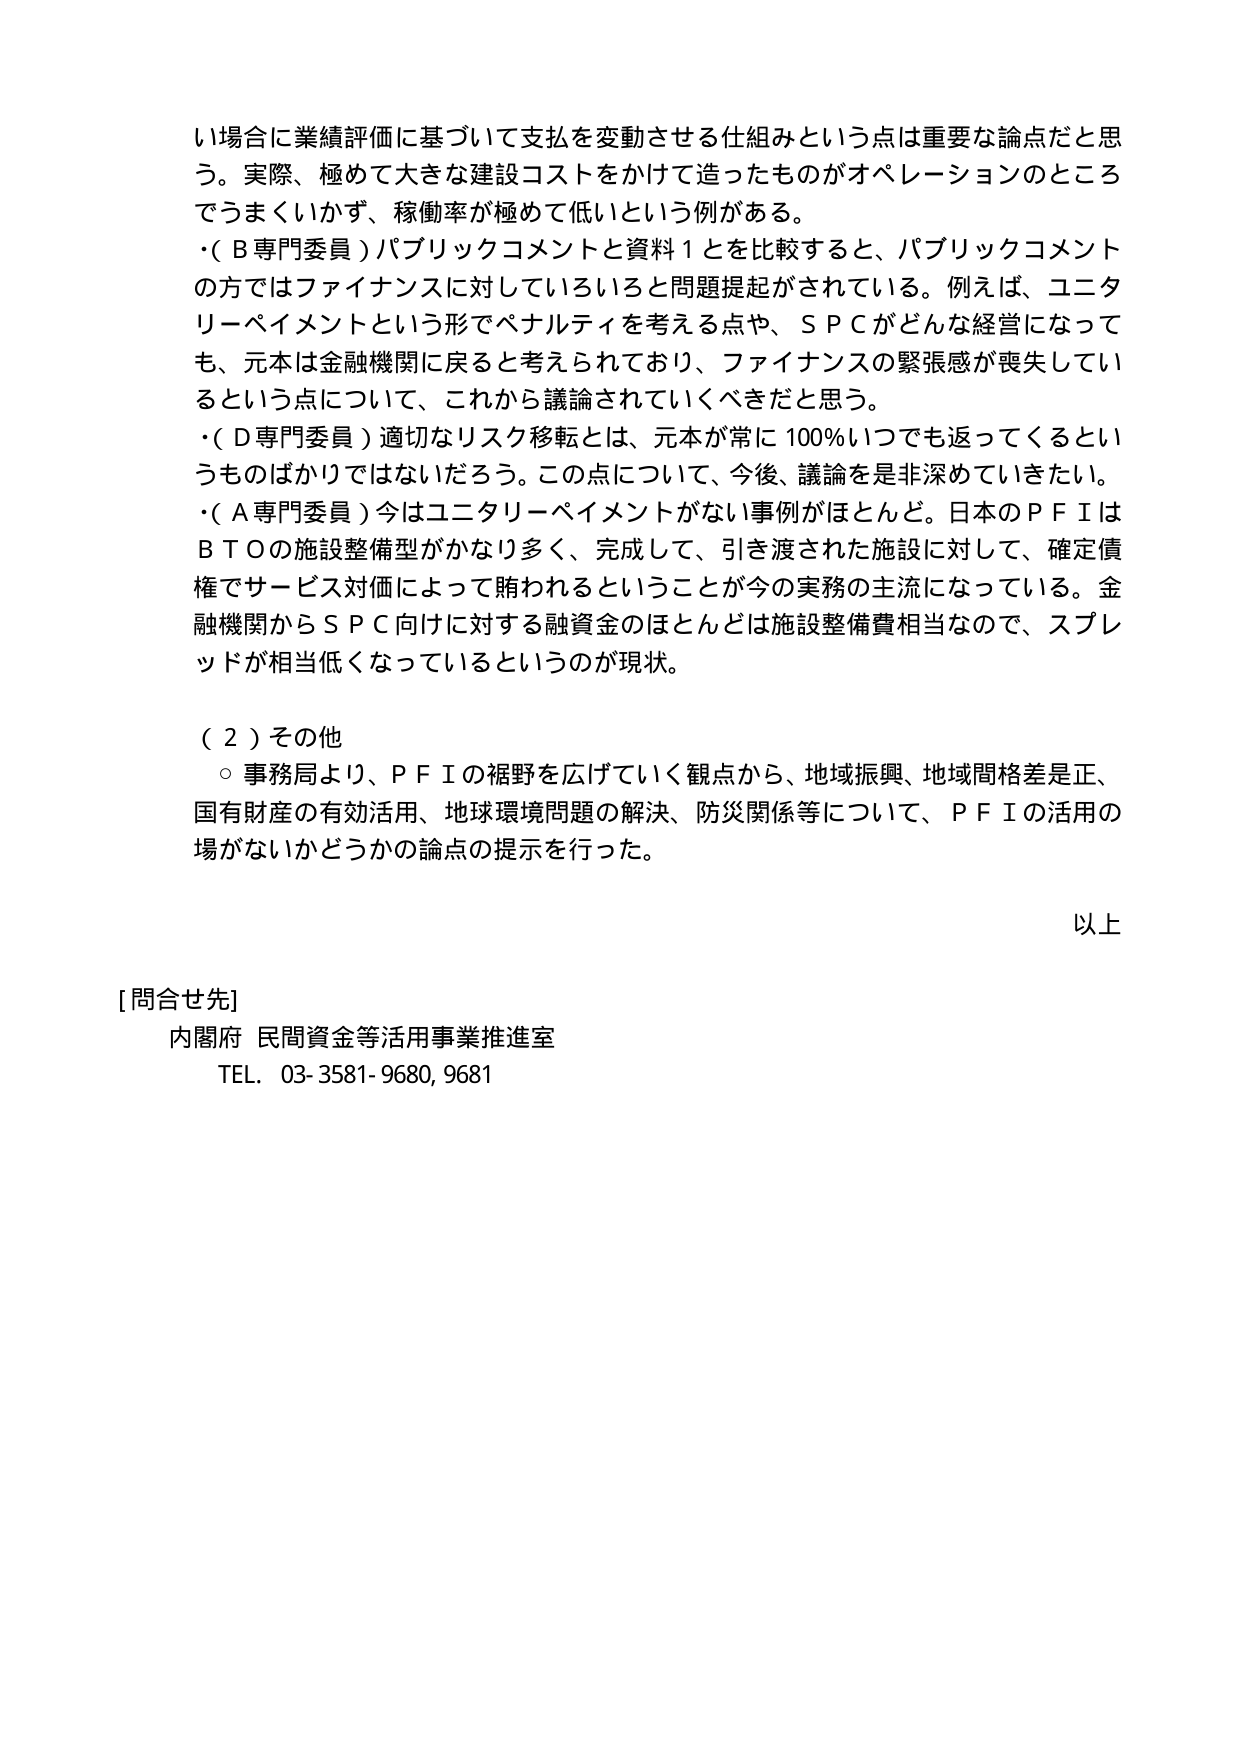
い場合に業績評価に基づいて支払を変動させる仕組みという点は重要な論点だと思う。実際、極めて大きな建設コストをかけて造ったものがオペレーションのところできうまくいかず、稼働率が極めて低いという例がある。
・（Ｂ専門委員）パブリックコメントと資料１を比較すると、パブリックコメントの方ではファイナンスに対していろいろと問題提起がされている。例えば、ユニタリーペイメントという形でペナルティを考える点や、ＳＰＣがどんな経営になっても、元本は金融機関に戻ると考えられており、ファイナンスの緊張感が喪失しているという点について、これから議論されていくべきだと思う。
・（Ｄ専門委員）適切なリスク移転とは、元本が常に100％いつでも返ってくるというものばかりではないだろう。この点について、今後、議論を是非深めていきたい。
・（Ａ専門委員）今はユニタリーペイメントがない事例がほとんど。日本のＰＦＩはＢＴＯの施設整備型がかなり多く、完成して、引き渡された施設に対して、確定債権でサービス対価によって賄われるということが今の実務の主流になっている。金融機関からＳＰＣ向けに対する融資金のほとんどは施設整備費相当なので、スプレッドが相当低くなっているというのが現状。

（２）その他
○ 事務局より、ＰＦＩの裾野を広げていく観点から、地域振興、地域間格差是正、国有財産の有効活用、地球環境問題の解決、防災関係等について、ＰＦＩの活用の場がないかどうかの論点の提示を行った。

以上

[問合せ先]
内閣府 民間資金等活用事業推進室
TEL. 03-3581-9680, 9681